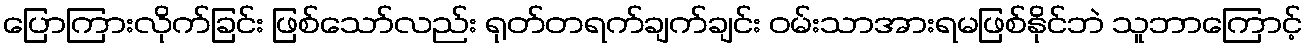
ပြောကြားလိုက်ခြင်း ဖြစ်သော်လည်း ရုတ်တရက်ချက်ချင်း ဝမ်းသာအားရမဖြစ်နိုင်ဘဲ သူဘာကြောင့်